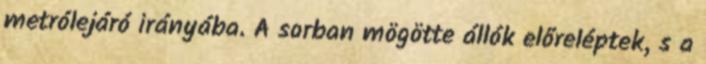
metrólejáró irányába. A sorban mögötte állók előreléptek, s a